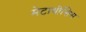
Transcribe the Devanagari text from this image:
मेटाथीसिस